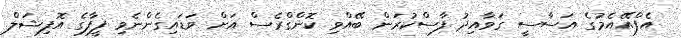
އެފްއޭއެމުގެ އަސާސީ ގަވާއިދު ފާސްކުރަން ބޭއްވި ކޮންގްރެސް އަށް ވަޑައިގެންނެވި ފީފާގެ އޮފިޝަލް